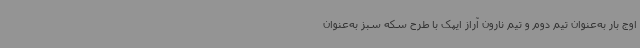
اوج بار به‌عنوان تیم دوم و تیم نارون آراز ایپک با طرح سکه سبز به‌عنوان